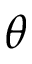
\theta